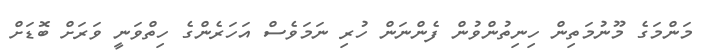
މަންމަގެ މޫނުމަތިން ހިނިތުންވުން ފެންނަން ހުރި ނަމަވެސް އަހަރެންގެ ހިތްވަނީ ވަރަށް ބޮޑަށް